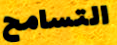
التسامح